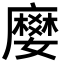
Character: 𭚅